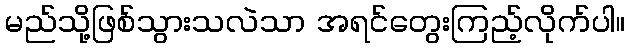
မည်သို့ဖြစ်သွားသလဲသာ အရင်တွေးကြည့်လိုက်ပါ။